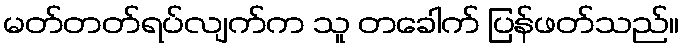
မတ်တတ်ရပ်လျက်က သူ တခေါက် ပြန်ဖတ်သည်။